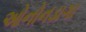
ઓનોનડાગા